Indian journal of veterinary science and animal husbandry - Volumes 26-27, 1956-1957
Year: 1956
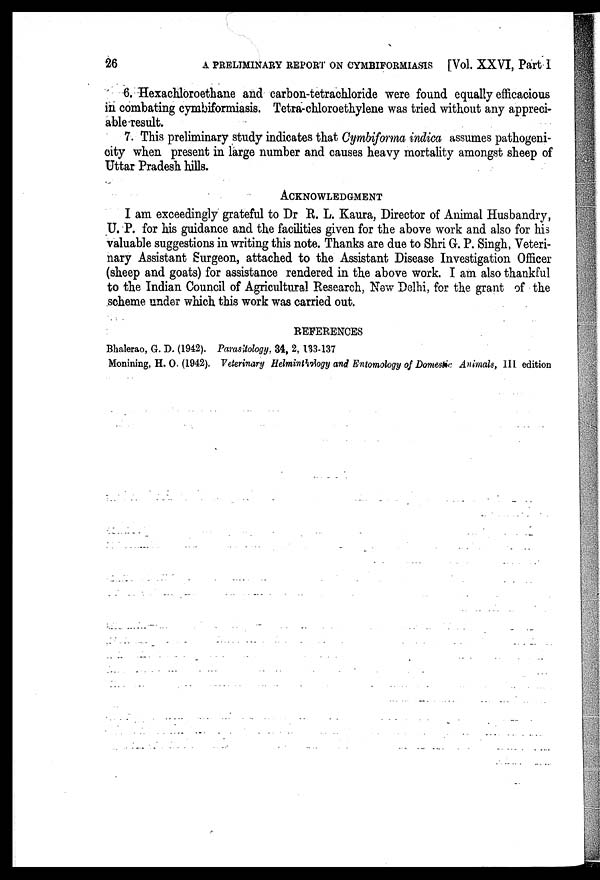
26
A PRELIMINARY REPORT ON CYMBIFORMIASIS [Vol. XXVI, Part I
6. Hexachloroethane and carbon-tetrachloride were found equally efficacious
in combating cymbiformiasis. Tetra-chloroethylene was tried without any appreci-
able-result.
7. This preliminary study indicates that Cymbiforma indica assumes pathogeni-
city when present in large number and causes heavy mortality amongst sheep of
Uttar Pradesh hills.
ACKNOWLEDGMENT
I am exceedingly grateful to Dr R. L. Kaura, Director of Animal Husbandry,
U. P. for his guidance and the facilities given for the above work and also for his
valuable suggestions in writing this note. Thanks are due to Shri G. P. Singh, Veteri-
nary Assistant Surgeon, attached to the Assistant Disease Investigation Officer
(sheep and goats) for assistance rendered in the above work. I am also thankful
to the Indian Council of Agricultural Research, New Delhi, for the grant of the
scheme under which this work was carried out.
REFERENCES
Bhalerao, G. D. (1942). Parasitology, 34, 2, 133-137
Monining, H. O. (1942). Veterinary Helminthology and Entomology of Domestic Animals, III edition